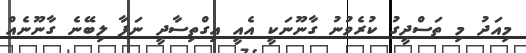
މިއަދު މި ތަސްދީގު ކުރެވުނު ގާނޫނަކީ އެއީ އިގްތިސާދީ ނަފާ ލިބޭނެ ގާނޫނެއް